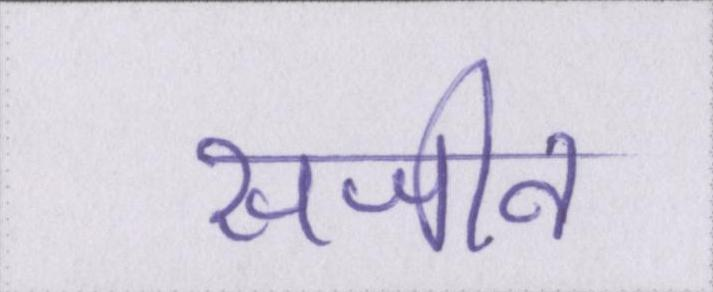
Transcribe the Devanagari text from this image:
सजीव